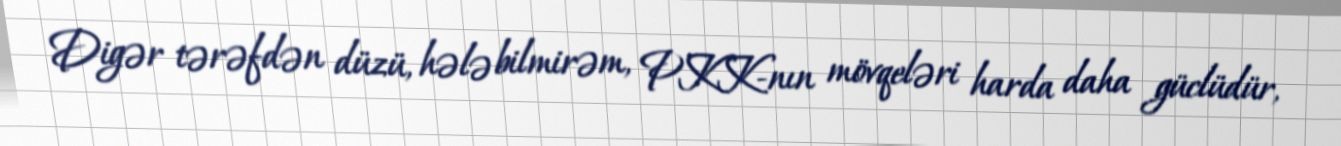
Digər tərəfdən düzü, hələ bilmirəm, PKK-nın mövqeləri harda daha güclüdür,